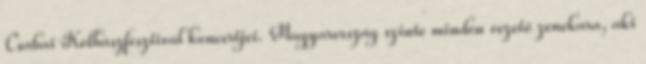
Csabai Kolbászfesztivál koncertjei. Magyarország szinte minden vezető zenekara, aki